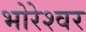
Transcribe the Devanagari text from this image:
भोरेश्वर